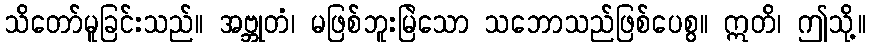
သိတော်မူခြင်းသည်။ အဗ္ဘုတံ၊ မဖြစ်ဘူးမြဲသော သဘောသည်ဖြစ်ပေစွ။ ဣတိ၊ ဤသို့။